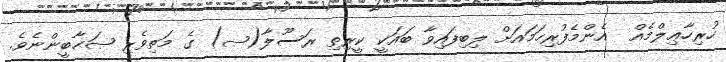
ހުރިހާޢިލްމެއް  އެންމެފުރިހަމައަށް ލިބިފައިވާ ބައަކީ ކީރިތި ރަސޫލާ(ޞ) ގެ މަތިވެރި ޞަޙާބީންނެވެ.